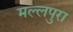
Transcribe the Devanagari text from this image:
मल्लपुरा